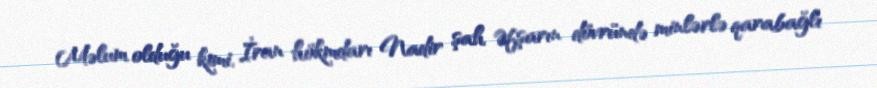
Məlum olduğu kimi, İran hökmdarı Nadir şah Əfşarın dövründə minlərlə qarabağlı